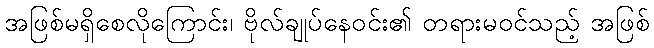
အဖြစ်မရှိစေလိုကြောင်း၊ ဗိုလ်ချုပ်နေဝင်း၏ တရားမဝင်သည့် အဖြစ်